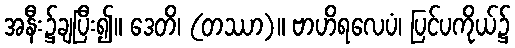
အနီး၌ချပြီး၍။ ဒေတိ၊ (တဿာ)။ ဗာဟိရလေပံ၊ ပြင်ပကိုယ်၌